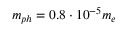
m _ { p h } = 0 . 8 \cdot 1 0 ^ { - 5 } m _ { e }